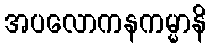
အပလောကနကမ္မာနိ